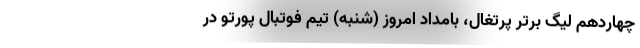
چهاردهم لیگ برتر پرتغال، بامداد امروز (شنبه) تیم فوتبال پورتو در